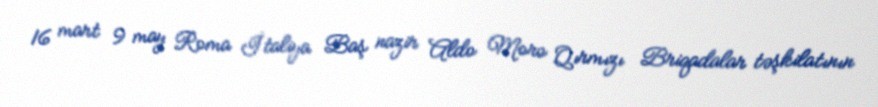
16 mart 9 may Roma İtaliya Baş nazir Aldo Moro Qırmızı Briqadalar təşkilatının